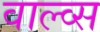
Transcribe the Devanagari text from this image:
वाल्व्स